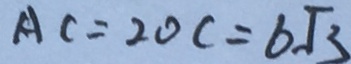
A C = 2 O C = 6 \sqrt { 3 }